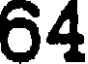
64